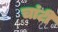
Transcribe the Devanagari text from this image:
चांटी